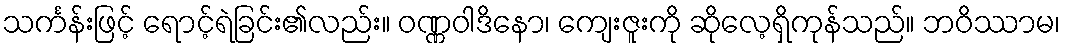
သင်္ကန်းဖြင့် ရောင့်ရဲခြင်း၏လည်း။ ဝဏ္ဏဝါဒိနော၊ ကျေးဇူးကို ဆိုလေ့ရှိကုန်သည်။ ဘဝိဿာမ၊